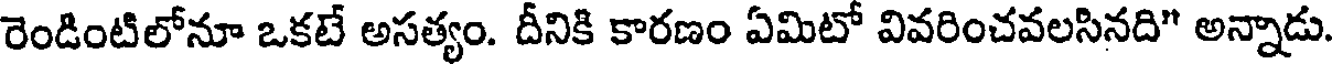
రెండింటిలోనూ ఒకటే అసత్యం. దీనికి కారణం ఏమిటో వివరించవలసినది" అన్నాడు.